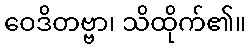
ဝေဒိတဗ္ဗာ၊ သိထိုက်၏။